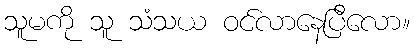
သူမကို သူ သံသယ ဝင်လာနေပြီလော။